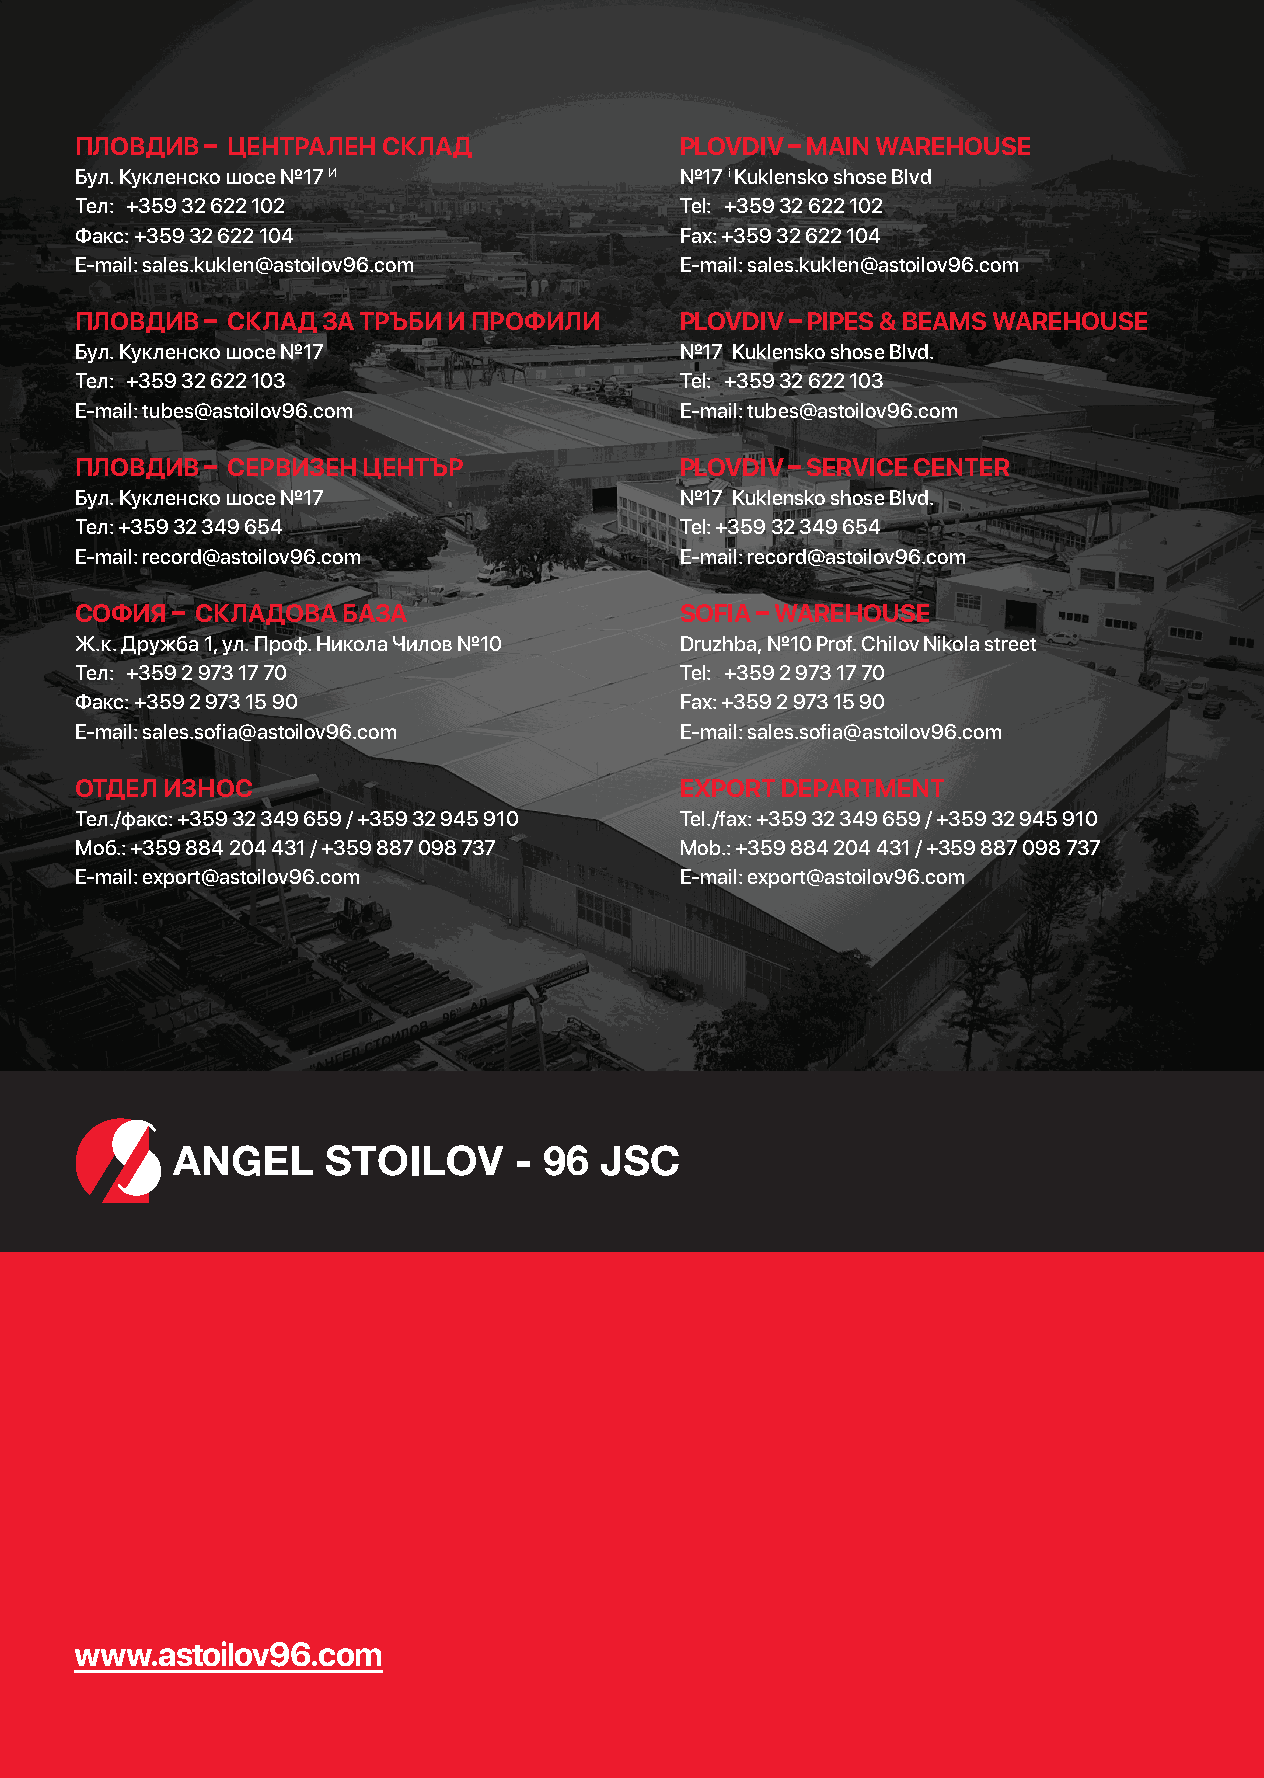
ПЛОВДИВ  – ЦЕНТРАЛЕН СКЛАД              PLOVDIV – MAIN WAREHOUSE
 Бул. Кукленско шосе №17 И               №17 i Kuklensko shosе Blvd
 Тел: +359 32 622 102                    Tel: +359 32 622 102
 Факс: +359 32 622 104                   Fax: +359 32 622 104
 E-mail: sales.kuklen@astoilov96.com     E-mail: sales.kuklen@astoilov96.com
 ПЛОВДИВ  – СКЛАД ЗА ТРЪБИ И ПРОФИЛИ     PLOVDIV – PIPES & BEAMS WAREHOUSE
 Бул. Кукленско шосе №17                 №17 Kuklensko shosе Blvd.
 Тел: +359 32 622 103                    Tel: +359 32 622 103
 E-mail: tubes@astoilov96.com            E-mail: tubes@astoilov96.com
 ПЛОВДИВ  – СЕРВИЗЕН ЦЕНТЪР              PLOVDIV – SERVICE CENTER
 Бул. Кукленско шосе №17                 №17 Kuklensko shosе Blvd.
 Тел: +359 32 349 654                    Tel: +359 32 349 654
 E-mail: record@astoilov96.com           E-mail: record@astoilov96.com
 СОФИЯ – СКЛАДОВА  БАЗА                  SOFIA – WAREHOUSE
 Ж.к. Дружба 1, ул. Проф. Никола Чилов №10 Druzhba, №10 Prof. Chilov Nikola street
 Тел: +359 2 973 17 70                   Tel: +359 2 973 17 70
 Факс: +359 2 973 15 90                  Fax: +359 2 973 15 90
 E-mail: sales.sofia@astoilov96.com      E-mail: sales.sofia@astoilov96.com
 ОТДЕЛ ИЗНОС                             EXPORT DEPARTMENT
 Тел./факс: +359 32 349 659 / +359 32 945 910 Tel./fax: +359 32 349 659 / +359 32 945 910
 Моб.: +359 884 204 431 / +359 887 098 737 Mob.: +359 884 204 431 / +359 887 098 737
 E-mail: export@astoilov96.com           E-mail: export@astoilov96.com
 www.astoilov96.com